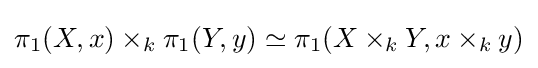
\pi _{1}(X,x)\times _{k}\pi _{1}(Y,y)\simeq \pi _{1}(X\times _{k}Y,x\times _{k}y)